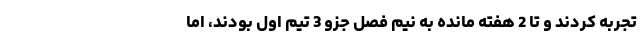
تجربه کردند و تا 2 هفته مانده به نیم فصل جزو 3 تیم اول بودند، اما